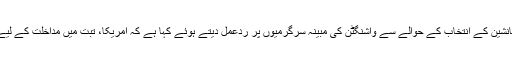
چین نے تبت کے دلائی لامہ کے جانشین کے انتخاب کے حوالے سے واشنگٹن کی مبینہ سرگرمیوں پر ردعمل دیتے ہوئے کہا ہے کہ امریکا، تبت میں مداخلت کے لیے اقوام متحدہ کو استعمال کر رہا ہے۔